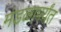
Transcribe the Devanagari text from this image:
मंडळापर्यंत